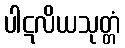
ပါဋလိယသုတ္တံ